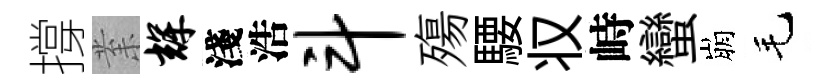
撐𭪙辉淺浩斗殤騕𠬧峙蠻崩毛